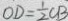
O D = \frac { 1 } { 2 } C B